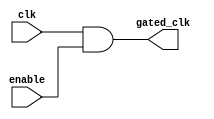
module clock_gating (
    input wire clk,         // Primary clock signal
    input wire enable,      // Enable signal to control clock gating
    output wire gated_clk   // Gated clock signal
);

// Generate gated clock signal using AND gate
assign gated_clk = clk & enable;

endmodule